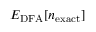
E _ { \mathrm { D F A } } [ n _ { \mathrm { e x a c t } } ]